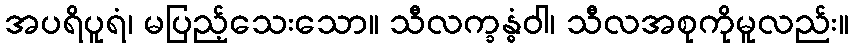
အပရိပူရံ၊ မပြည့်သေးသော။ သီလက္ခန္ဓံဝါ၊ သီလအစုကိုမူလည်း။